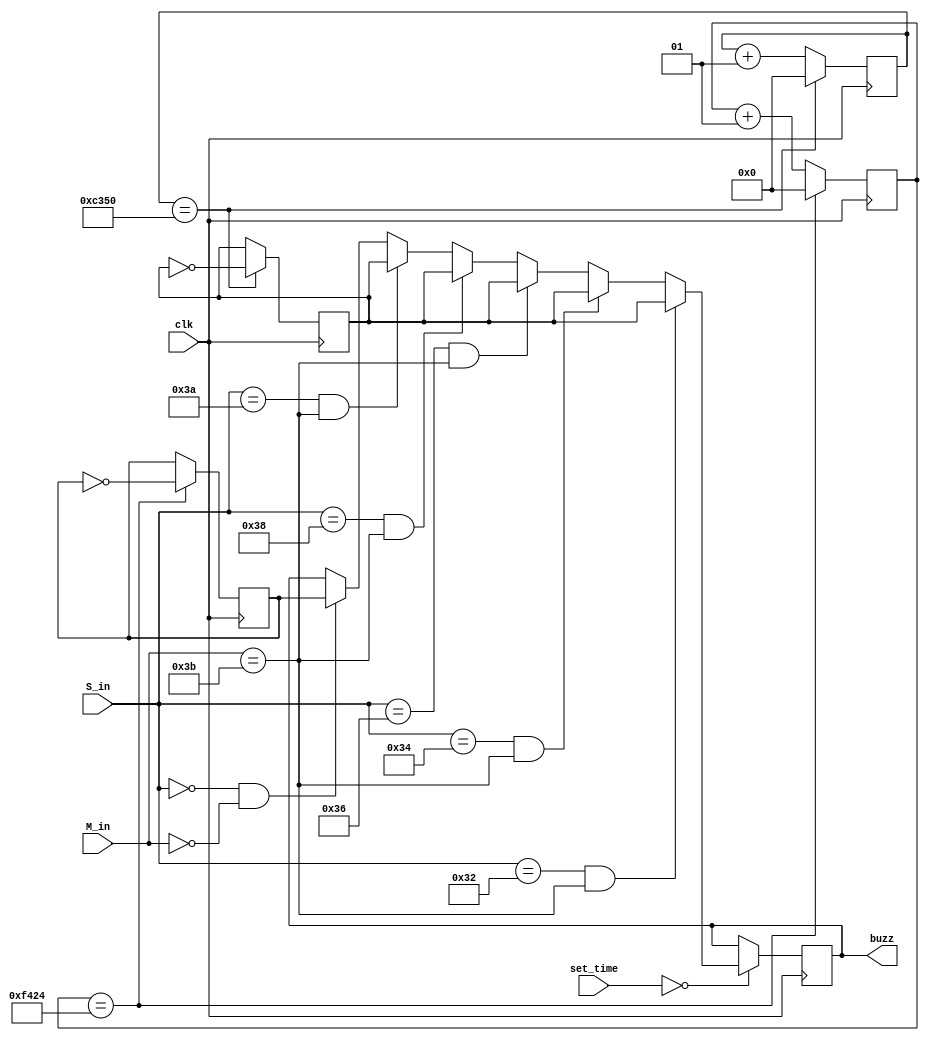
module baoshi (clk,S_in,M_in,buzz,set_time);

input [6:0] S_in,M_in,set_time;
input clk;
output reg buzz;
integer count1,count2;
reg clk_1,clk_2;
//integer x;

always@ (posedge clk)
	begin
		if (count1 == 62500)//
			begin
				count1 <= 0;
				clk_1 <= ~clk_1;
			end
		else count1 = count1 +  1;
	end
	
always@ (posedge clk)
	begin
		if (count2 == 50000 )//di
			begin
				count2 <= 0;
				clk_2 <= ~clk_2;
			end
		else count2 = count2 +  1;
	end

always@ (posedge clk)
	begin
	if(set_time == 0)
	begin
		if(S_in == 50 && M_in ==59) buzz <= clk_2;
		else if(S_in == 52 && M_in ==59) buzz <= clk_2;
		else if(S_in == 54 && M_in ==59) buzz <= clk_2;
		else if(S_in == 56 && M_in ==59) buzz <= clk_2;
		else if(S_in == 58 && M_in ==59) buzz <= clk_2;
		else if(S_in == 0 && M_in ==0) buzz <= clk_1;
	end
	end
endmodule